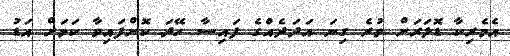
އެމެރިކާ ޑޮލަރަށް ވުރެ ގިނަ އަދަދެއްގެ ފައިސާ ހޭދަ ކޮށްފައިވާ ކަމަށް އަޑު